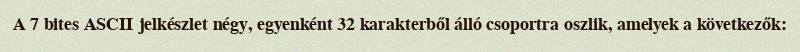
A 7 bites ASCII jelkészlet négy, egyenként 32 karakterből álló csoportra oszlik, amelyek a következők: